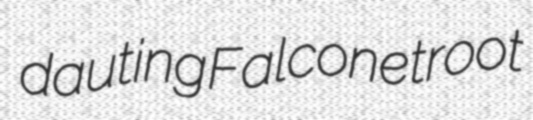
dauting Falcone troot